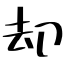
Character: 却